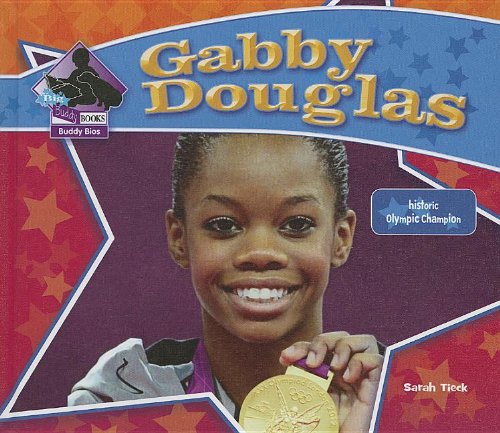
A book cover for Gabby Douglas: Historic Olympic Champion (Big Buddy Biographies); Sarah Tieck; Children's Books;